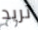
تريد